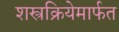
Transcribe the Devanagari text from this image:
शस्त्रक्रियेमार्फत